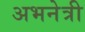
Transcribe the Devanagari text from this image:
अभनेत्री